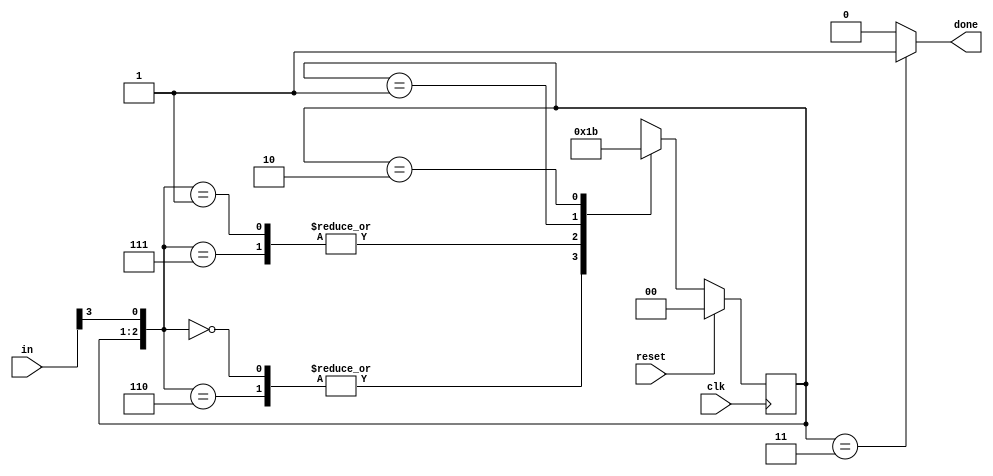
// https://hdlbits.01xz.net/wiki/Fsm_ps2

module top_module(
    input clk,
    input [7:0] in,
    input reset,    // Synchronous reset
    output done); //

    parameter BYTE1 = 2'd0;
    parameter BYTE2 = 2'd1;
    parameter BYTE3 = 2'd2;
    parameter DONE  = 2'd3;

    reg [1:0] state;
    reg [1:0] next_state;

    // State transition logic (combinational)
    always @(*) begin
        casez ({state, in[3]})
            {DONE,  1'b0}: next_state = BYTE1;
            {DONE,  1'b1}: next_state = BYTE2;
            {BYTE1, 1'b0}: next_state = BYTE1;
            {BYTE1, 1'b1}: next_state = BYTE2;
            {BYTE2, 1'b?}: next_state = BYTE3;
            {BYTE3, 1'b?}: next_state = DONE;
        endcase
    end

    // State flip-flops (sequential)
    always @(posedge clk) begin
        if(reset) begin
            state <= BYTE1;
        end else begin
            state <= next_state;
        end
    end

    // Output logic
    assign done = state == DONE ? 1'b1 : 1'b0;

endmodule